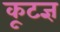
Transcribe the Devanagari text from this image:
कूटज्ञ